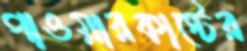
পাওয়ারকাস্টের